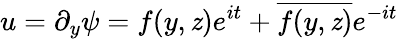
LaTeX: u=\partial_{y}\psi=f(y,\mathit{z})e^{it}+\overline{{{f(y,\mathit{z})}}}e^{-it}